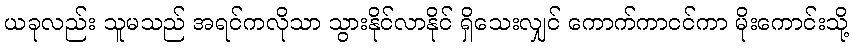
ယခုလည်း သူမသည် အရင်ကလိုသာ သွားနိုင်လာနိုင် ရှိသေးလျှင် ကောက်ကာငင်ကာ မိုးကောင်းသို့